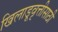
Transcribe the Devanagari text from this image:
खिलाडूवृत्तीसाठी